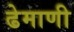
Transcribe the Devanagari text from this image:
ढेमाणी